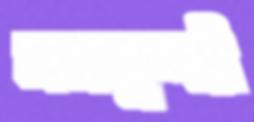
লতাসুন্দরী